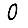
Digit: 0